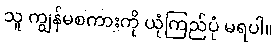
သူ ကျွန်မစကားကို ယုံကြည်ပုံ မရပါ။